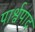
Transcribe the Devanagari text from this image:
पार्श्वपाद